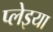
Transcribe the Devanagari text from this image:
प्लेइया